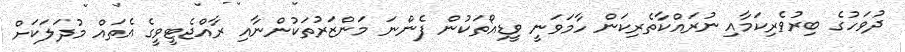
ދުވަހުގެ ބިރުވެރިކަމާއި ނުރައްކާތެރިކަން ހާމަވަނީ ވީޑިއޯތަކުން ފެންނަ މަންޒަރުތަކުންނާއި ރާއްޖެޓީވީގެ އެތައް މުދަލަކަށް